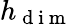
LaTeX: h_{\mathrm{~d~i~m~}}